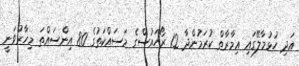
އަދި ހުޅުމާލޭގައި ޢިމާރާތް ކުރަމުންދާ 12 ރޯހައުސްގެ މަސައްކަތުގެ 80 އިންސައްތަ މިހާރުވަނީ